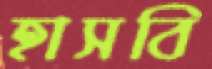
হাসবি